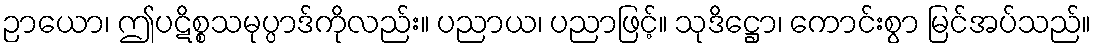
ဉာယော၊ ဤပဋိစ္စသမုပ္ပာဒ်ကိုလည်း။ ပညာယ၊ ပညာဖြင့်။ သုဒိဋ္ဌော၊ ကောင်းစွာ မြင်အပ်သည်။